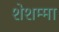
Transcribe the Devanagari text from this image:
शेशम्मा